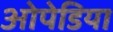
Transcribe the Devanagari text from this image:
ओपेडिया